Indian journal of veterinary science and animal husbandry - Volumes 28-29, 1958-1959
Year: 1958
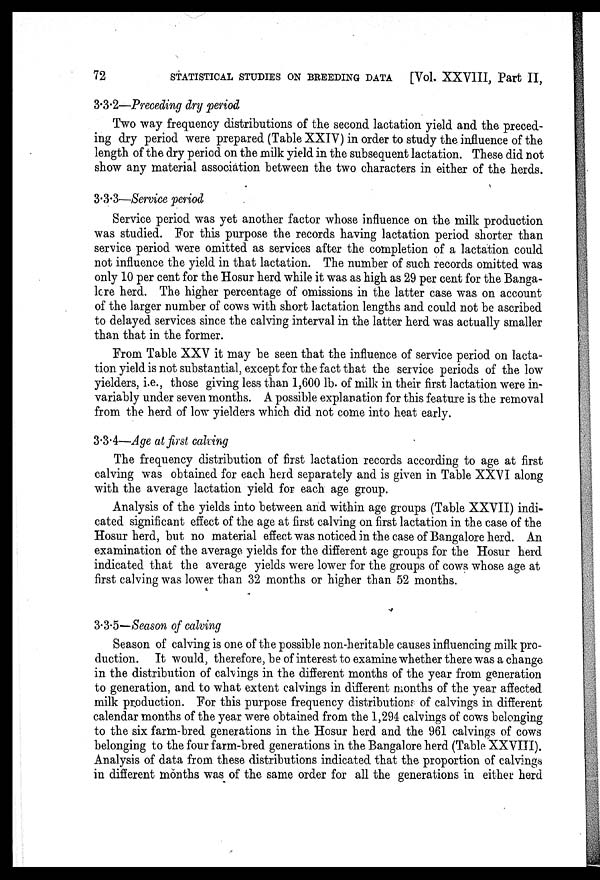
72
STATISTICAL STUDIES ON BREEDING DATA [Vol. XXVIII, Part II,
3.3.2—Preceding dry period
Two way frequency distributions of the second lactation yield and the preced-
ing dry period were prepared (Table XXIV) in order to study the influence of the
length of the dry period on the milk yield in the subsequent lactation. These did not
show any material association between the two characters in either of the herds.
3.3.3-—Service period
Service period was yet another factor whose influence on the milk production
was studied. For this purpose the records having lactation period shorter than
service period were omitted as services after the completion of a lactation could
not influence the yield in that lactation. The number of such records omitted was
only 10 per cent for the Hosur herd while it was as high as 29 per cent for the Banga-
lore herd. The higher percentage of omissions in the latter case was on account
of the larger number of cows with short lactation lengths and could not be ascribed
to delayed services since the calving interval in the latter herd was actually smaller
than that in the former.
From Table XXV it may be seen that the influence of service period on lacta-
tion yield is not substantial, except for the fact that the service periods of the low
yielders, i.e., those giving less than 1,600 lb. of milk in their first lactation were in-
variably under seven months. A possible explanation for this feature is the removal
from the herd of low yielders which did not come into heat early.
3.3.4—Age at first calving
The frequency distribution of first lactation records according to age at first
calving was obtained for each herd separately and is given in Table XXVI along
with the average lactation yield for each age group.
Analysis of the yields into between and within age groups (Table XXVII) indi-
cated significant effect of the age at first calving on first lactation in the case of the
Hosur herd, but no material effect was noticed in the case of Bangalore herd. An
examination of the average yields for the different age groups for the Hosur herd
indicated that the average yields were lower for the groups of cows whose age at
first calving was lower than 32 months or higher than 52 months.
3.3.5—Season of calving
Season of calving is one of the possible non-heritable causes influencing milk pro-
duction. It would, therefore, be of interest to examine whether there was a change
in the distribution of calvings in the different months of the year from generation
to generation, and to what extent calvings in different months of the year affected
milk production. For this purpose frequency distributions of calvings in different
calendar months of the year were obtained from the 1,294 calvings of cows belonging
to the six farm-bred generations in the Hosur herd and the 961 calvings of cows
belonging to the four farm-bred generations in the Bangalore herd (Table XXVIII).
Analysis of data from these distributions indicated that the proportion of calvings
in different months was of the same order for all the generations in either herd